Civil Veterinary Department Bihar reports 1940-50 - 1940-1950
Year: 1940
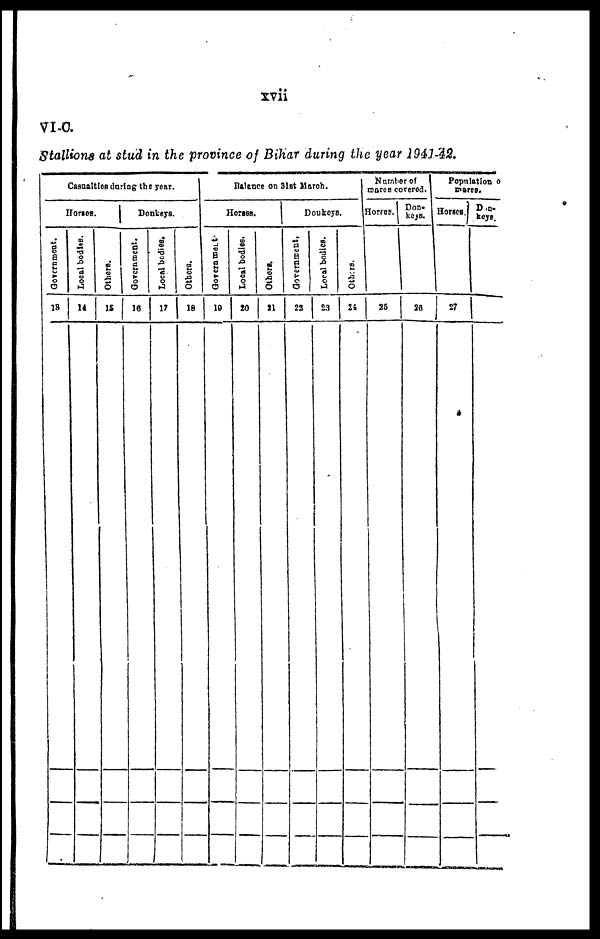
xvii
VI-C.
Stallions at stud in the province of Bihar during the year 1941-42.
Casualties daring the year.
Horses.
Government.
13
Local bodies.
14
Others.
15
Donkeys.
Government.
16
Local bodies.
17
Others.
18
Balance on 31st March.
Horses.
Government.
19
Local bodies.
20
Others.
21
Donkeys.
Government.
22
Local bodies.
23
Others.
24
Number of
mares covered.
Horses.
25
Don-
keys.
26
Population o
mares.
Horses.
27
Don-
keys.